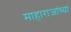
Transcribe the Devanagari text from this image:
माहाराजांच्या